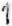
1